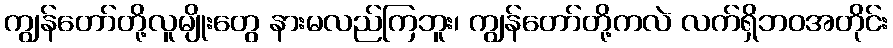
ကျွန်တော်တို့လူမျိုးတွေ နားမလည်ကြဘူး၊ ကျွန်တော်တို့ကလဲ လက်ရှိဘဝအတိုင်း